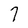
Character: 7